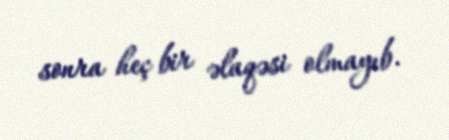
sonra heç bir əlaqəsi olmayıb.